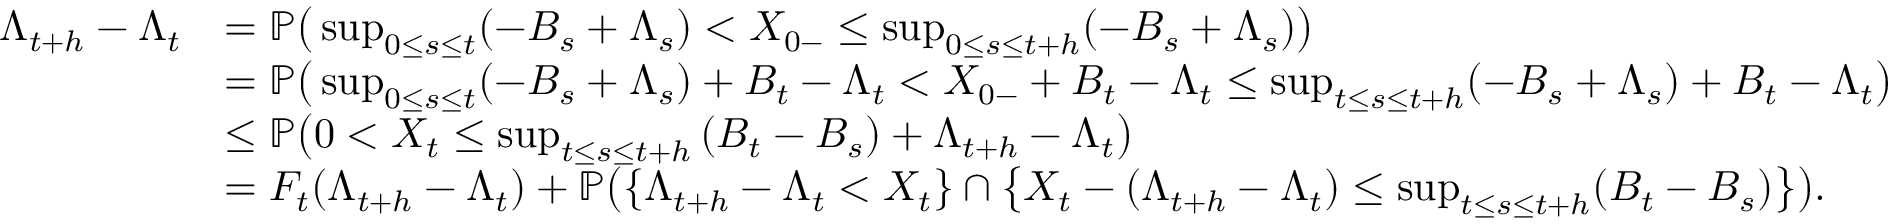
\begin{array} { r l } { \Lambda _ { t + h } - \Lambda _ { t } } & { = \mathbb { P } \big ( \operatorname* { s u p } _ { 0 \le s \le t } ( - B _ { s } + \Lambda _ { s } ) < X _ { 0 - } \le \operatorname* { s u p } _ { 0 \le s \le t + h } ( - B _ { s } + \Lambda _ { s } ) \big ) } \\ & { = \mathbb { P } \big ( \operatorname* { s u p } _ { 0 \le s \le t } ( - B _ { s } + \Lambda _ { s } ) + B _ { t } - \Lambda _ { t } < X _ { 0 - } + B _ { t } - \Lambda _ { t } \le \operatorname* { s u p } _ { t \le s \le t + h } ( - B _ { s } + \Lambda _ { s } ) + B _ { t } - \Lambda _ { t } \big ) } \\ & { \le \mathbb { P } \big ( 0 < X _ { t } \le \operatorname* { s u p } _ { t \le s \le t + h } \left( B _ { t } - B _ { s } \right) + \Lambda _ { t + h } - \Lambda _ { t } \big ) } \\ & { = F _ { t } ( \Lambda _ { t + h } - \Lambda _ { t } ) + \mathbb { P } \big ( \{ \Lambda _ { t + h } - \Lambda _ { t } < X _ { t } \} \cap \big \{ X _ { t } - ( \Lambda _ { t + h } - \Lambda _ { t } ) \le \operatorname* { s u p } _ { t \le s \le t + h } ( B _ { t } - B _ { s } ) \big \} \big ) . } \end{array}